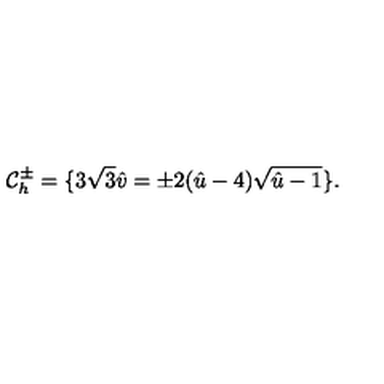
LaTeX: { \cal C } _ { h } ^ { \pm } = \{ 3 \sqrt { 3 } \hat { v } = \pm 2 ( \hat { u } - 4 ) \sqrt { \hat { u } - 1 } \} .